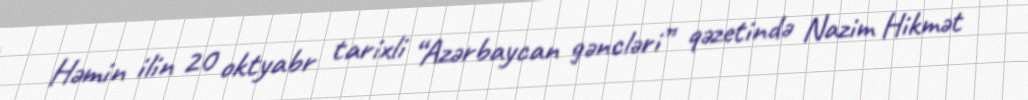
Həmin ilin 20 oktyabr tarixli “Azərbaycan gəncləri” qəzetində Nazim Hikmət